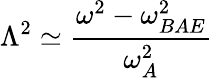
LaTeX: \Lambda^{2}\simeq\frac{\omega^{2}-\omega_{BAE}^{2}}{\omega_{A}^{2}}